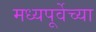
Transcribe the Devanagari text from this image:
मध्यपूर्वेच्या